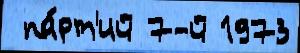
 па́рт'ий 7-й 1973